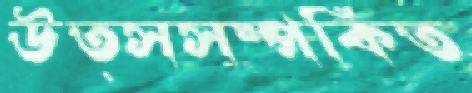
উত্সসম্পর্কিত